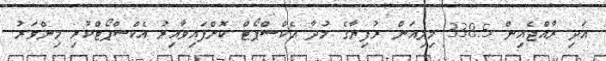
އަދި ރާއްޖެއިން 338.5 މިލިއަން ރުފިޔާގެ މުދާ އެކްސްޕޯޓް ކޮށްފައިވާއިރު އެކްސްޕޯޓްކުރި މިންވަރު